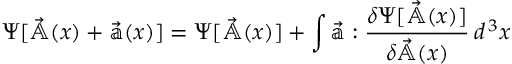
\Psi [ \vec { \mathbb { A } } ( x ) + \vec { \mathbb { a } } ( x ) ] = \Psi [ \vec { \mathbb { A } } ( x ) ] + \int \vec { \mathbb { a } } : { \frac { \delta \Psi [ \vec { \mathbb { A } } ( x ) ] } { \delta \vec { \mathbb { A } } ( x ) } } \, d ^ { \, 3 } x